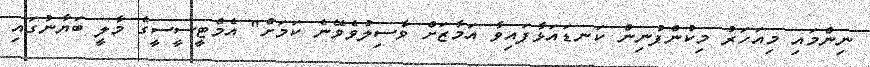
ނިންމައި މިއަހަރު މިކުންފުނިން ކަނޑައަޅާފައިވާ އަމާޒަށް ވާސިލުވެވޭނެ ކަމަށް" އެމްޓީސީސީގެ މާލީ ބަޔާނުގައި